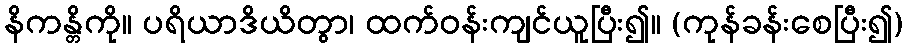
နိကန္တိကို။ ပရိယာဒိယိတွာ၊ ထက်ဝန်းကျင်ယူပြီး၍။ (ကုန်ခန်းစေပြီး၍)